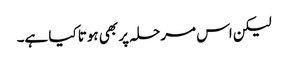
لیکن اس مرحلہ پر بھی ہوتا کیا ہے۔